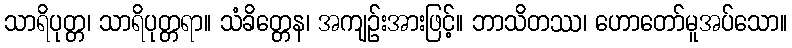
သာရိပုတ္တ၊ သာရိပုတ္တရာ။ သံခိတ္တေန၊ အကျဉ်းအားဖြင့်။ ဘာသိတဿ၊ ဟောတော်မူအပ်သော။